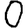
Digit: 0